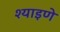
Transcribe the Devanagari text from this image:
श्याइणे